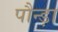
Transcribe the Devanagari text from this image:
पौन्ड़ा